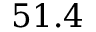
5 1 . 4